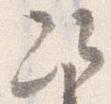
次